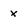
Character: x